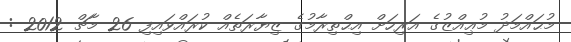
މުޙައްމަދު މުޢިއްޒުގެ އަރިހަށް އިޙްތިރާމުގެ ޒިޔާރަތެއް ކުރައްވައިފި 26 މާޗް 2012 :